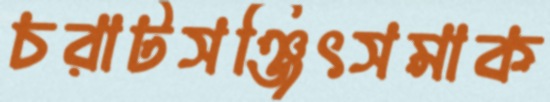
চরাটসঞ্জিৎসমাক